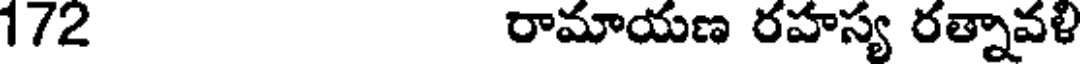
172 రామాయణ రహస్య రత్నావళి